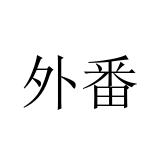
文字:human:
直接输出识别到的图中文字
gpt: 外番